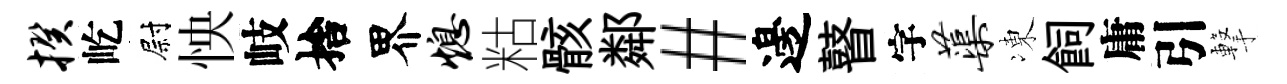
揆屹尉怏岐捨界熄䊀骸鄰#邊瞽字蕖凍飼庸引撃